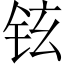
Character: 铉